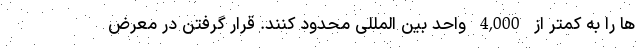
ها را به کمتر از 4,000 واحد بین المللی محدود کنند. قرار گرفتن در معرض